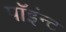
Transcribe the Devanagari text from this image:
पॉइंन्ट